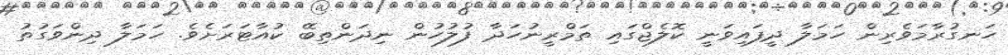
ހަނގުރާމަވެރިން ހަމަލާ ދީފައިވަނީ ކޮލެޖްގައި ތަމްރީނުހަދާ ފުލުހުން ނިދަންތިބޭ ކުއާޓަރަށެވެ. ހަމަލާ ދިންވަގުތު